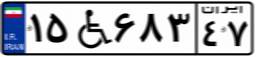
۱۵W۶۸۳۴۷